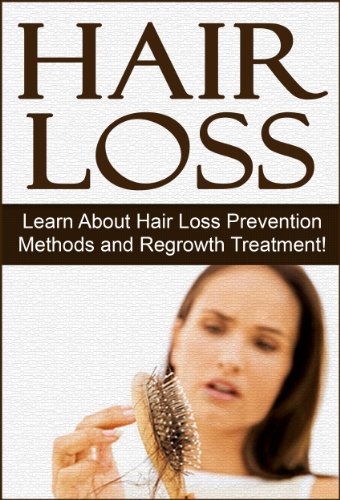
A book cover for Hair: Hair Loss: Learn About Hair Loss Prevention Methods and Regrowth Treatment: Hair Loss Cure: Hair Loss (Men's Health, Hair Loss Treatment, Regrow ... Loss Treatment for Woman, Hair Loss Cure); Terence C; Health, Fitness & Dieting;